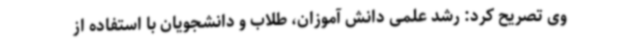
وی تصریح کرد: رشد علمی دانش آموزان، طلاب و دانشجویان با استفاده از